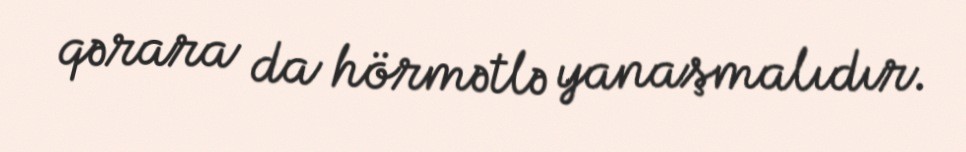
qərara da hörmətlə yanaşmalıdır.